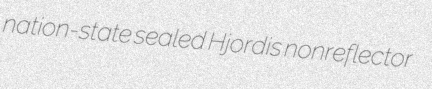
nation-state sealed Hjordis nonreflector